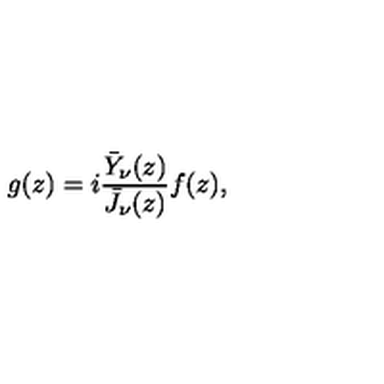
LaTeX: g ( z ) = i \frac { \bar { Y } _ { \nu } ( z ) } { \bar { J } _ { \nu } ( z ) } f ( z ) ,